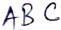
Text: ABC